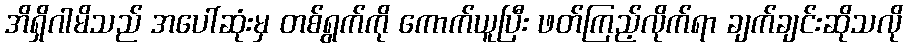
အိရှိဂါမိသည် အပေါ်ဆုံးမှ တစ်ရွက်ကို ကောက်ယူပြီး ဖတ်ကြည့်လိုက်ရာ ချက်ချင်းဆိုသလို